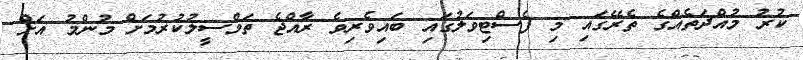
ކުރު މުއްދަތެއްގެ ތެރޭގައި މި ފެސްޓިވަލުގައި ބައިވެރިވެ ރާއްޖެ ތަމްސީލުކުރުމަށް މުންމު އަށް